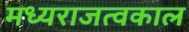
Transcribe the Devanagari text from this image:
मध्यराजत्वकाल